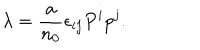
\lambda = { \frac { a } { n _ { 0 } } } \epsilon _ { i j } P ^ { i } p ^ { j } .